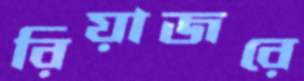
রিয়াজরে